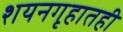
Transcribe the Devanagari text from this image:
शयनगृहातही